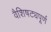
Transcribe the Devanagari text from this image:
वैशिषट्यपूर्ण